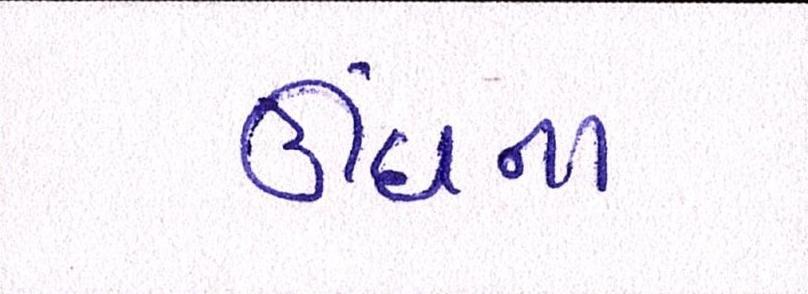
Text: ઊંઘના